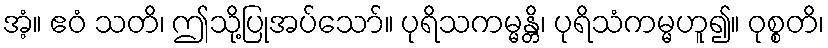
အံ့။ ဧဝံ သတိ၊ ဤသို့ပြုအပ်သော်။ ပုရိသကမ္မန္တိ၊ ပုရိသံကမ္မဟူ၍။ ဝုစ္စတိ၊